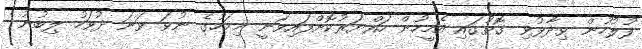
ފުލުހުން ވިދާޅުވި ގޮތުގައި އެމީހުން ހައްޔަރުކޮށްފައިވަނީ މިމަހުގެ ނުވަ ވަނަ ދުވަހު ލިބުނު